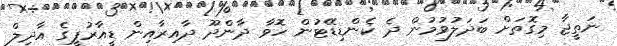
ނަތީޖާ މިގޮތަށް ބަދަލުވުމުން ދެ ކެންޑިޑޭޓުން ހޮވާ ދާންދޫ ދާއިރާއިން ޑީއާރުޕީގެ އާދިލް